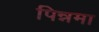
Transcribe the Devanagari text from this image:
पिन्नमा